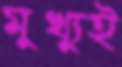
মুখ্যুই